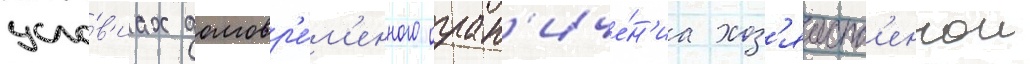
усло́в'иах долговр'е́м'енного огран'иче́н'иа хоз'яиств'еннои